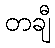
တချီ